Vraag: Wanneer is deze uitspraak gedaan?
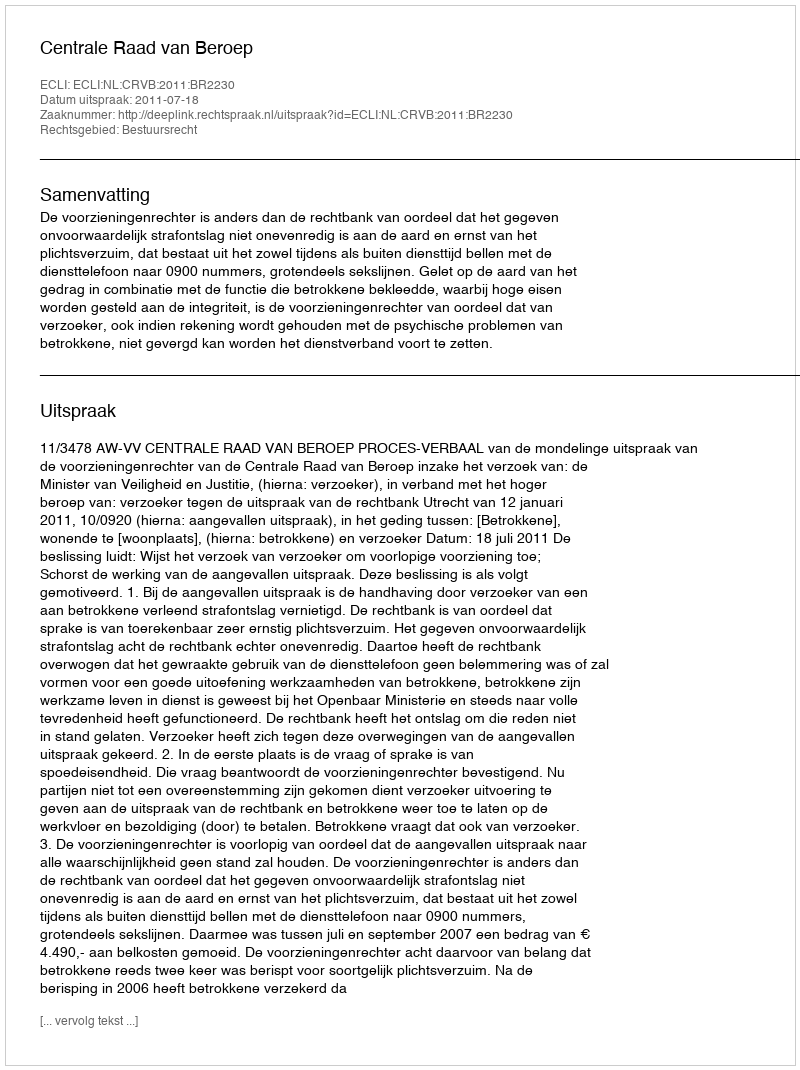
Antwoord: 2011-07-18